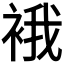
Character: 𧚄